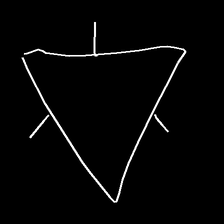
Glyph: fire